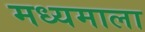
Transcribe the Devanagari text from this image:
मध्यमाला